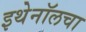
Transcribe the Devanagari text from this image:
इथेनॉलचा